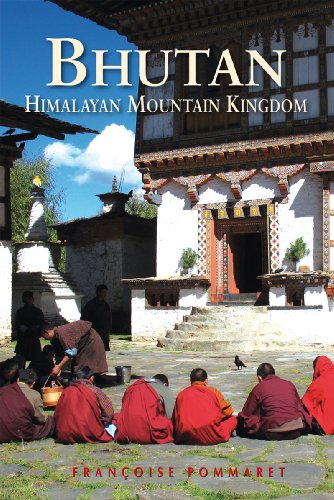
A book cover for Bhutan: Himalayan Mountain Kingdom (Odyssey Guide. Bhutan); FranÃ§oise Pommaret; Travel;